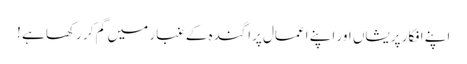
اپنے افکار پریشاں اور اپنے اعمال پراگندہ کے غبار میں گم کر رکھا ہے !